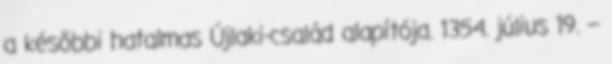
a későbbi hatalmas Újlaki-család alapítója. 1354. július 19. –